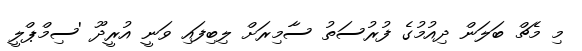
މި މެޗް ބަލަން ދިއުމުގެ ފުރުސަތު ސާމިރަށް ލިބިފައި ވަނީ އުރީދޫ 'ސިމްޕްލީ